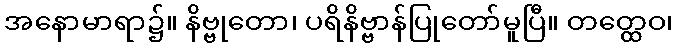
အနောမာရာ၌။ နိဗ္ဗုတော၊ ပရိနိဗ္ဗာန်ပြုတော်မူပြီ။ တတ္ထေဝ၊